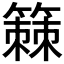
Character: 𫂡